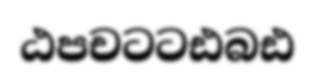
ඨපචටටඪබඪ